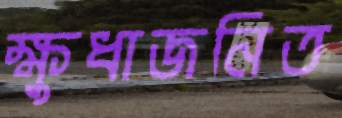
ক্ষুধাজনিত